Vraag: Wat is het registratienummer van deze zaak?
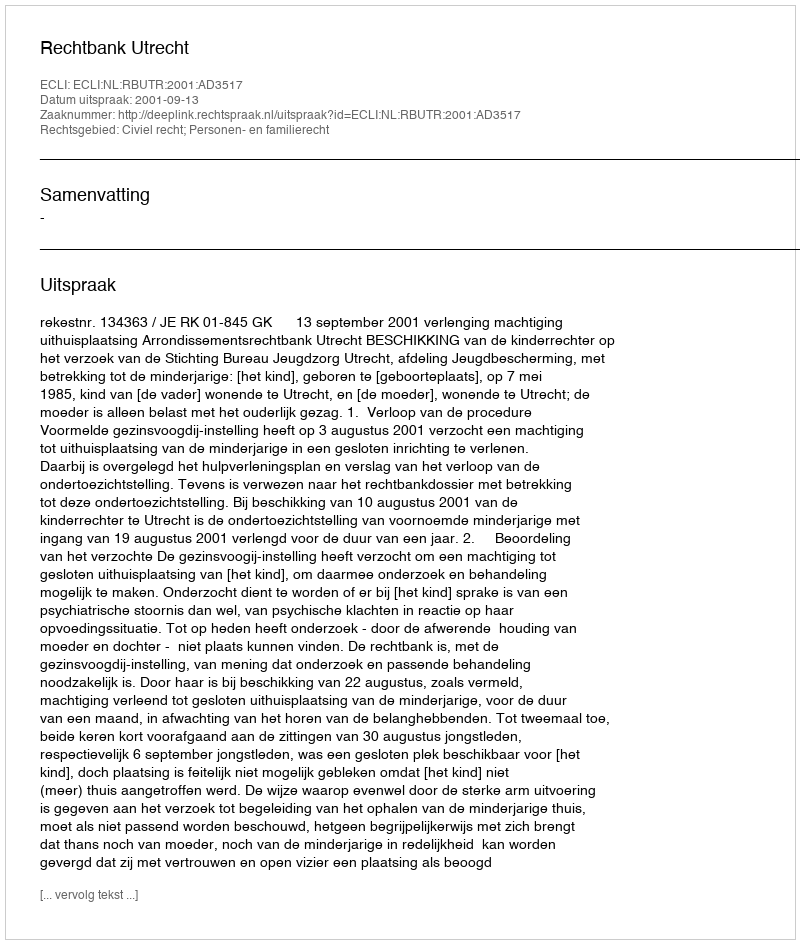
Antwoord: http://deeplink.rechtspraak.nl/uitspraak?id=ECLI:NL:RBUTR:2001:AD3517